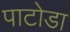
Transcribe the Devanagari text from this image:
पाटोडा